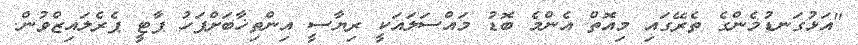
"އަޅުގަނޑުމެންގެ ތެރޭގައި މިއޮތް އެންމެ ބޮޑު މައްސަލައަކީ ރިޔާސީ އިންތިޚާބަށްފަހު ޕާޓީ ޕެރެލައިޒްވުން.